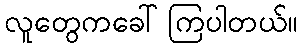
လူတွေကခေါ်ကြပါတယ်။